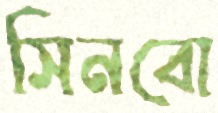
সিনবো